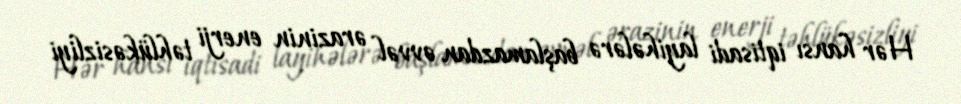
Hər hansı iqtisadi layihələrə başlamazdan əvvəl ərazinin enerji təhlükəsizliyi